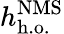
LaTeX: h_{\mathrm{h.o.}}^{\mathrm{NMS}}